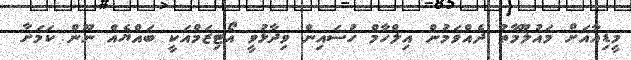
މީޑިއާއަށް މައުލޫމާތު ދެއްވަމުން އިލްހާމް ހުސައިން ވިދާޅުވީ އޯޓިޒަމްއަކީ ބައްޔެއް ނޫން ކަމަށާ